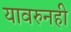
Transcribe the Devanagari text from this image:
यावरुनही